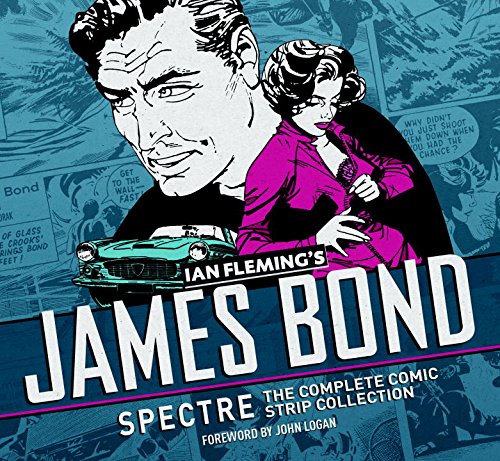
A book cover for James Bond: Spectre: The Complete Comic Strip Collection; Ian Fleming; Comics & Graphic Novels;